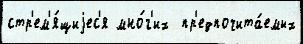
стр'ем'я́щиjес'я мно́г'их  пр'едпочита́емых